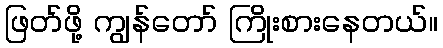
ဖြတ်ဖို့ ကျွန်တော် ကြိုးစားနေတယ်။